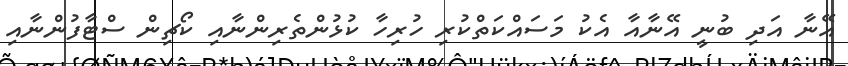
އޭނާ އަދި ބުނީ އޭނާއާ އެކު މަސައްކަތްކުރި ހުރިހާ ކުޅުންތެރިންނާއި ކޯޗިން ސްޓާފުންނާއި